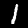
Label: 1